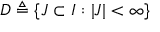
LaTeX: D \triangleq \{ J \subset I : | J | < \infty \}